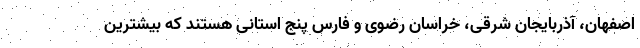
اصفهان، آذربایجان شرقی، خراسان رضوی و فارس پنج استانی هستند که بیشترین